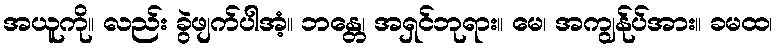
အယူကို။ လည်း ခွဲဖျက်ပါအံ့။ ဘန္တေ၊ အရှင်ဘုရား။ မေ၊ အကျွန်ုပ်အား။ ခမထ၊